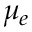
\mu _ { e }